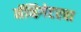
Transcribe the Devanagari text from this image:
नॅव्हिगेटरचा